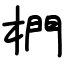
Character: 椚